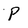
Character: P